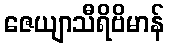
ဇေယျာသီရိဗိမာန်